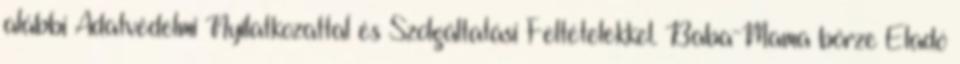
alábbi Adatvédelmi Nyilatkozattal és Szolgáltatási Feltételekkel. Baba-Mama börze Eladó